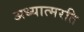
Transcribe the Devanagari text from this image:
अध्यात्मरति